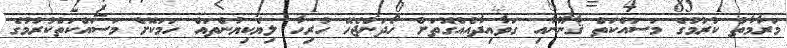
މަރާމާތު ކުރުމުގެ މަސައްކަތް ޤާނޫނާއި ގަވާއިދާއެއްގޮތަށް ހޯދަންޖެހޭ ހުރިހާ ލިޔެކިޔުންތައް ހަމަކޮށް މަސައްކަތްކުރުމުގެ